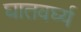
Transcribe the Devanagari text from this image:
घातवर्घ्य